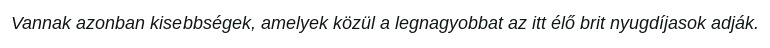
Vannak azonban kisebbségek, amelyek közül a legnagyobbat az itt élő brit nyugdíjasok adják.